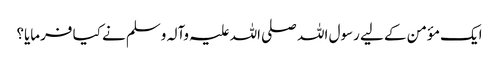
ایک مؤمن کے لیے رسول اللہ صلی اللہ علیہ وآلہ وسلم نے کیا فرمایا؟